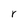
Character: r